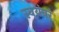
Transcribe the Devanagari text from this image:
स्वयंवरं